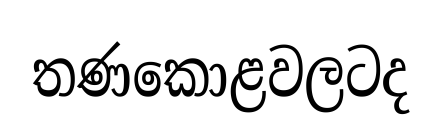
තණකොළවලටද